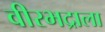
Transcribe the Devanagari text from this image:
वीरभद्राला